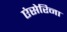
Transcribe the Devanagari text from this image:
एंसेरिना